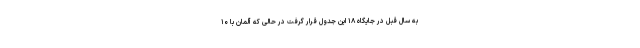
به سال قبل در جایگاه ۱۸ این جدول قرار گرفت در حالی که آلمان با ۱۰